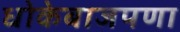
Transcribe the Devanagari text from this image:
धोकेबाजपणा